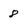
Character: 8